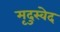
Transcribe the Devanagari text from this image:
मृदुस्वेद